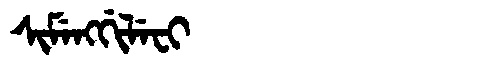
Manchu: ᠰᡳᠮᡝᠩᡤᡳᠯᡝᠸᡳ
Romanization: SIMENGGILEFI